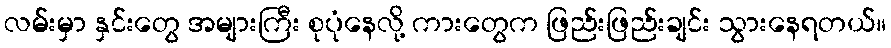
လမ်းမှာ နှင်းတွေ အများကြီး စုပုံနေလို့ ကားတွေက ဖြည်းဖြည်းချင်း သွားနေရတယ်။